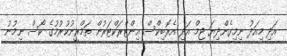
އަދި މިއަދު ނިމިގެންދިޔަ ޖިމް އަދި އެރޮބިކްސް އިންޓްރަކްޓަރުން ތަމްރީނުކުރުމުގެ ކޯސް ނިމުނު